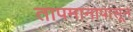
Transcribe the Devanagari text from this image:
तापमानापासून